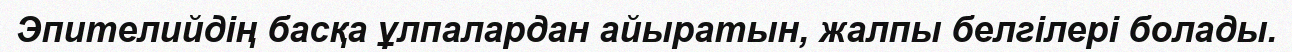
Эпителийдің басқа ұлпалардан айыратын, жалпы белгілері болады.